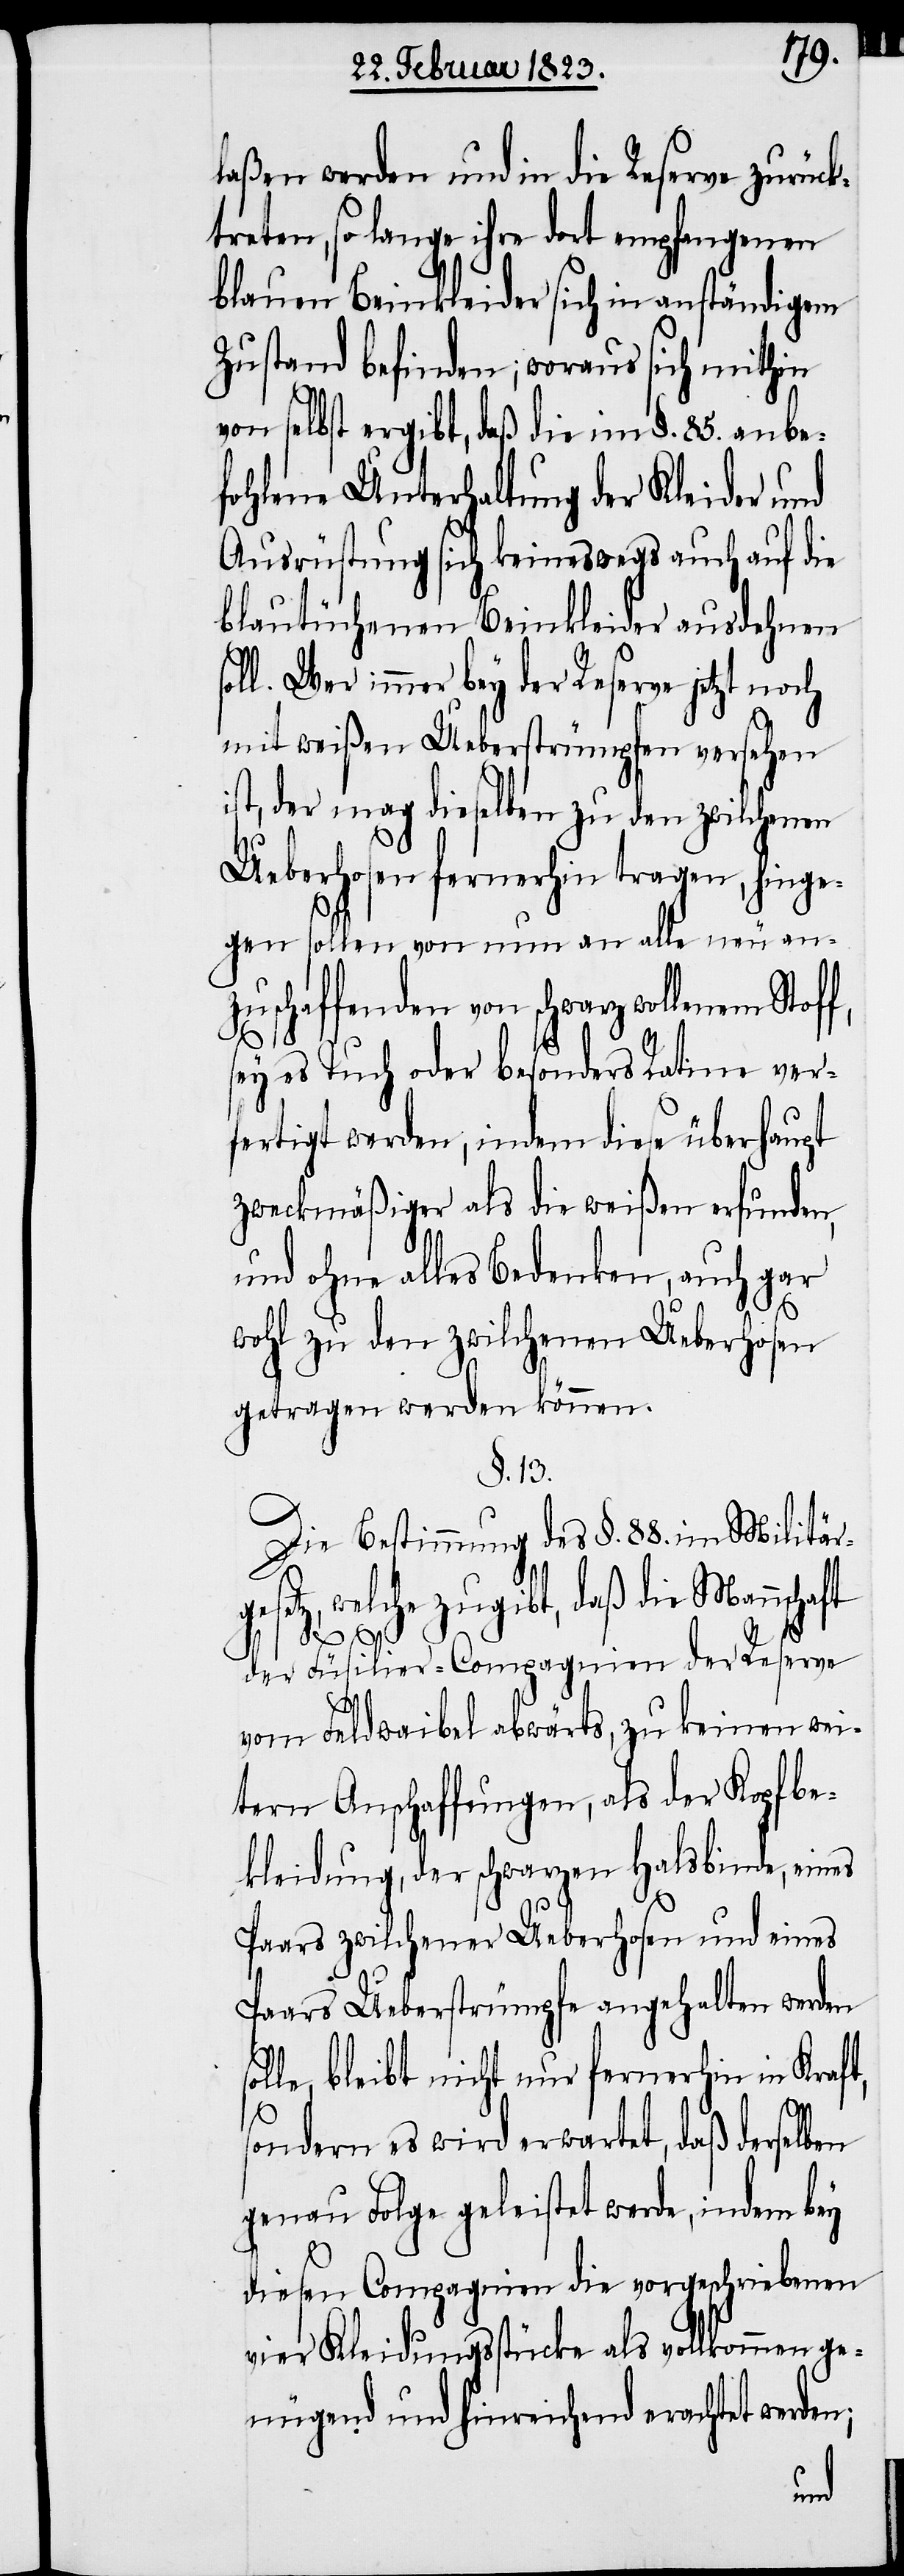
laßen werden und in die Reserve zurück¬
treten, so lange ihre dort empfangenen
blauen Beinkleider sich in anständigem
Zustand befinden; woraus sich mithin
von selbst ergibt, daß die im §. 85. anbe¬
fohlene Unterhaltung der Kleider und
Ausrüstung sich keineswegs auch auf die
blautüchenen Beinkleider ausdehnen
ll. Wer immer bey der Reserve jetzt noch
mit weißen Ueberstrümpfen versehen
ist, der mag dieselben zu den zwilchenen
Ueberhosen fernerhin tragen, hinge¬
gen sollen von nun an alle neu an¬
zuschaffenden von schwarz wollenem Stof¬
ey es Tuch oder besonders Ratine ver¬
fertigt werden, indem diese überhaupt
zweckmäßiger als die weißen erfunden,
und ohne alles Bedenken, auch gar
wohl zu den zwilchenen Ueberhosen
getragen werden können.
§. 13.
Die Bestimmung des §. 88. im Militär¬
gesetz, welche zugibt, daß die Mannschaft
der Füsilier-Compagnien der Reserve
s¬
vom Feldwaibel abwärts, zu keinen wei¬
tern Anschaffungen, als der Kopfbe¬
kleidung, der schwarzen Halsbinde, eines
Paars zwilchener Ueberhosen und eines
Paars Ueberstrümpfe angehalten werden
olle, bleibt nicht nur fernerhin in Kraft,
so¬
sondern es wird erwartet, daß derselben
genau Folge geleistet werde, indem bey
diesen Compagnien die vorgeschriebenen
vier Kleidungsstücke als vollkommen ge¬
nügend und hinreichend erachtet wer¬
den;